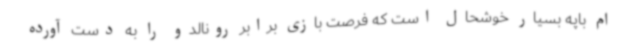
ام باپه بسیار خوشحال است که فرصت بازی برابر رونالدو را به دست آورده